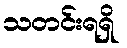
သတင်းရရှိ